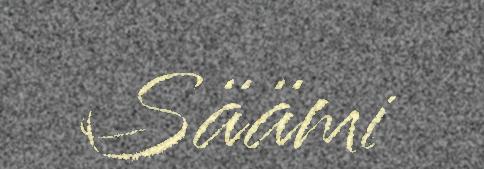
Säämi